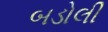
બડોલી